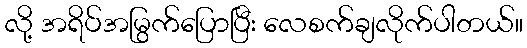
လို့ အရိပ်အမြွက်ပြောပြီး လေစက်ချလိုက်ပါတယ်။